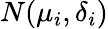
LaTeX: N(\mu_{i},\delta_{i})